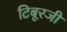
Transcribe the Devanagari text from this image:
टिबूरजी